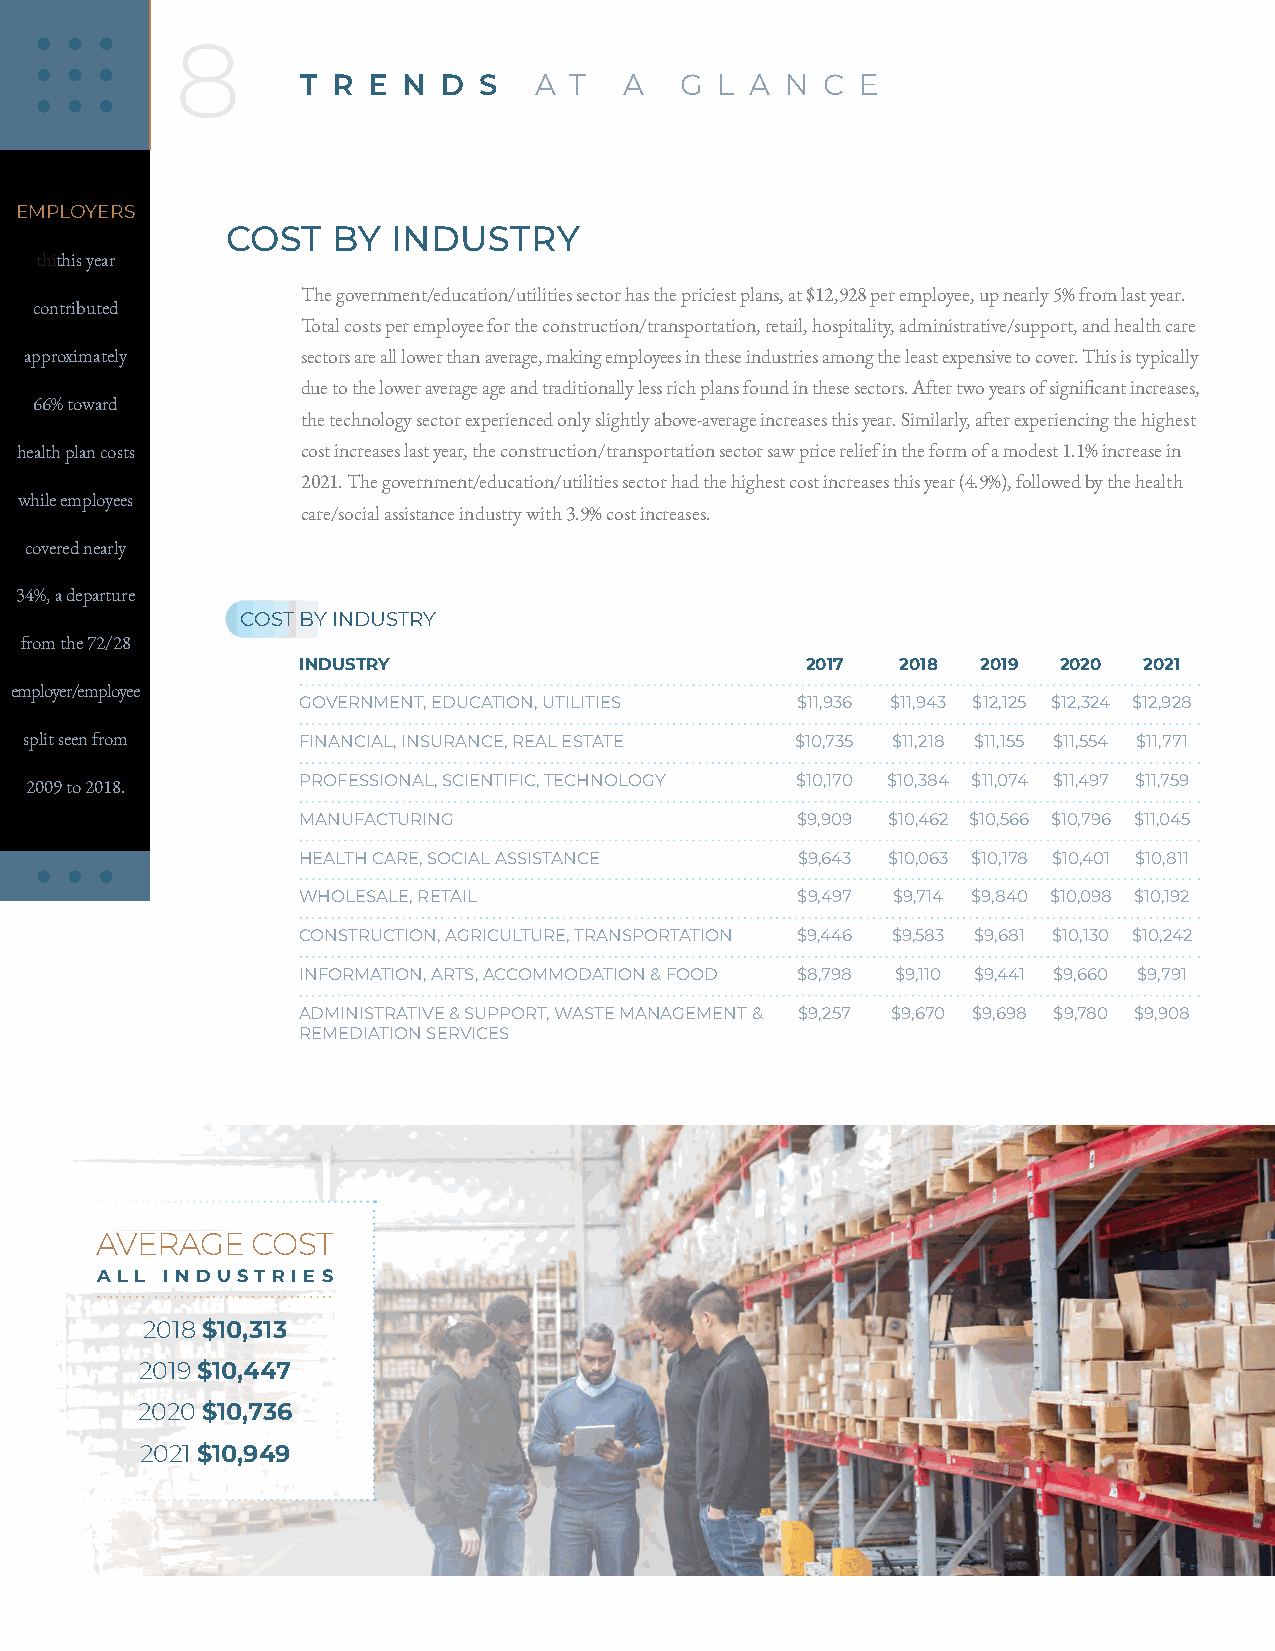
8
 T R E  N D  S  A  T  A   G  L A N C  E
 EMPLOYERS
 COST   BY  INDUSTRY
 thithis year
 The government/education/utilities sector has the priciest plans, at $12,928 per employee, up nearly 5% from last year.
 contributed
 Total costs per employee for the construction/transportation, retail, hospitality, administrative/support, and health care
 approximately     sectors are all lower than average, making employees in these industries among the least expensive to cover. This is typically
 due to the lower average age and traditionally less rich plans found in these sectors. After two years of significant increases,
 66% toward
 the technology sector experienced only slightly above-average increases this year. Similarly, after experiencing the highest
 health plan costs  cost increases last year, the construction/transportation sector saw price relief in the form of a modest 1.1% increase in
 2021. The government/education/utilities sector had the highest cost increases this year (4.9%), followed by the health
 while employees
 care/social assistance industry with 3.9% cost increases.
 covered nearly
 34%, a departure
 COST BY INDUSTRY
 from the 72/28
 INDUSTRY                         2017   2018 2019 2020  2021
 employer/employee
 GOVERNMENT, EDUCATION, UTILITIES $11,936 $11,943 $12,125 $12,324 $12,928
 split seen from   FINANCIAL, INSURANCE, REAL ESTATE $10,735 $11,218 $11,155 $11,554 $11,771
 PROFESSIONAL, SCIENTIFIC, TECHNOLOGY $10,170 $10,384 $11,074 $11,497 $11,759
 2009 to 2018.
 MANUFACTURING                    $9,909 $10,462 $10,566 $10,796 $11,045
 HEALTH CARE, SOCIAL ASSISTANCE   $9,643 $10,063 $10,178 $10,401 $10,811
 WHOLESALE, RETAIL                $9,497 $9,714 $9,840 $10,098 $10,192
 CONSTRUCTION, AGRICULTURE, TRANSPORTATION $9,446 $9,583 $9,681 $10,130 $10,242
 INFORMATION, ARTS, ACCOMMODATION & FOOD $8,798 $9,110 $9,441 $9,660 $9,791
 ADMINISTRATIVE & SUPPORT, WASTE MANAGEMENT & $9,257 $9,670 $9,698 $9,780 $9,908
 REMEDIATION SERVICES
 AVERAGE    COST
 A L L I N D U ST R I E S
 2018 $10,313
 2019 $10,447
 2020 $10,736
 2021 $10,949